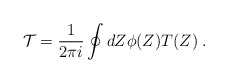
\begin{align*}{\cal T}=\frac{1}{2\pi i}\oint dZ \phi(Z) T(Z) \;.\end{align*}